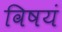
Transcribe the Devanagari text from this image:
विषयं